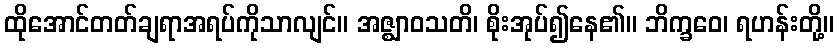
ထိုအောင်တတ်ချရာအရပ်ကိုသာလျင်။ အဇ္ဈာဝသတိ၊ စိုးအုပ်၍နေ၏။ ဘိက္ခဝေ၊ ရဟန်းတို့။